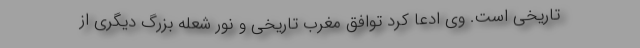
تاریخی است. وی ادعا کرد توافق مغرب تاریخی و نور شعله بزرگ دیگری از